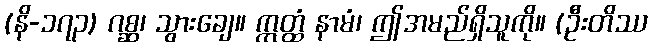
(နိ-၁၇၃) ဂစ္ဆ၊ သွားချေ။ ဣတ္ထံ နာမံ၊ ဤအမည်ရှိသူကို။ (ဦးတိဿ